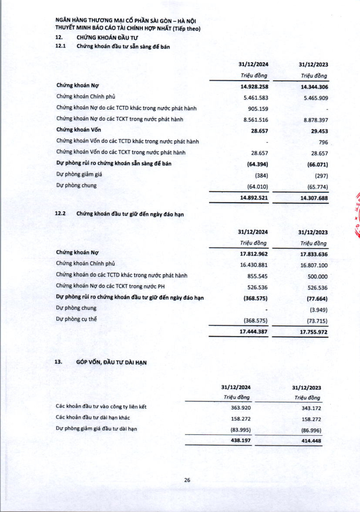
||31/12/2024 Triệu đồng|31/12/2023 Triệu đồng| |---|---|---| |Chứng khoán Nợ|14.928.258|14.344.306| |Chứng khoán Chính phủ|5.461.583|5.465.909| |Chứng khoán Nợ do các TCTD khác trong nước phát hành|905.159|| |Chứng khoán Nợ do các TCKT trong nước phát hành|8.561.516|8.878.397| |Chứng khoán Vốn|28.657|29.453| |Chứng khoán Vốn do các TCTD khác trong nước phát hành||796| |Chứng khoán Vốn do các TCKT trong nước phát hành|28.657|28.657| |Dự phòng rủi ro chứng khoán sẵn sàng để bán|(64.394)|(66.071)| |Dự phòng giảm giá|(384)|(297)| |Dự phòng chung|(64.010)|(65.774)| ||14.892.521|14.307.688| ||31/12/2024|31/12/2023| |---|---|---| ||Triệu đồng|Triệu đồng| |Chứng khoán Nợ|17.812.962|17.833.636| |Chứng khoán Chính phủ|16.430.881|16.807.100| |Chứng khoán do các TCTD khác trong nước phát hành|855.545|500.000| |Chứng khoán Nợ do các TCKT trong nước phát hành|526.536|526.536| |Dự phòng rủi ro chứng khoán đầu tư giữ đến ngày đáo hạn|(368.575)|(77.664)| |Dự phòng chung||(3.949)| |Dự phòng cụ thể|(368.575)|(73.715)| ||17.444.387|17.755.972| ||31/12/2024 Triệu đồng|31/12/2023 Triệu đồng| |---|---|---| |Các khoản đầu tư vào công ty liên kết|363.920|343.172| |Các khoản đầu tư dài hạn khác|158.272|158.272| |Dự phòng giảm giá đầu tư dài hạn|(83.995)|(86.996)| ||438.197|414.448|